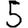
Digit: 5